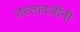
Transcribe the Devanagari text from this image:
उस्तादजींनी